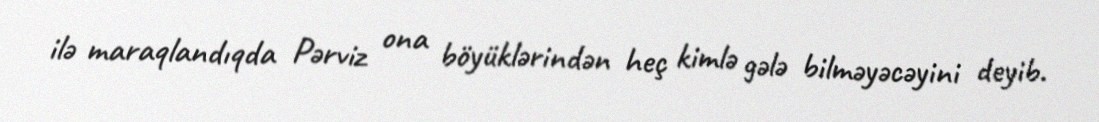
ilə maraqlandıqda Pərviz ona böyüklərindən heç kimlə gələ bilməyəcəyini deyib.